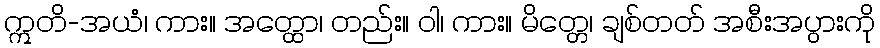
ဣတိ-အယံ၊ ကား။ အတ္ထော၊ တည်း။ ဝါ၊ ကား။ မိတ္တေ၊ ချစ်တတ် အစီးအပွားကို